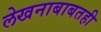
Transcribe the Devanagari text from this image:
लेखनाबाबतही